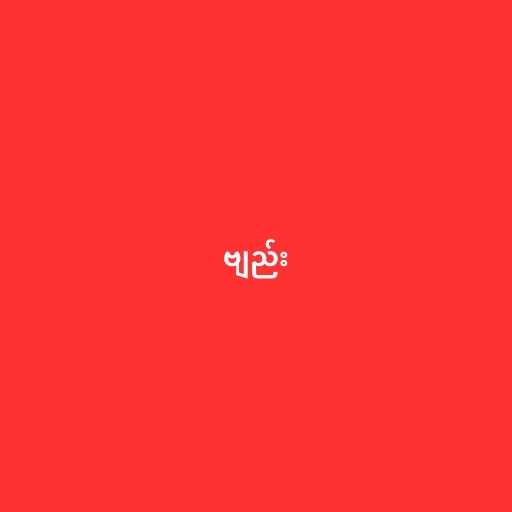
ဗျည်း